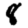
Digit: 8